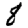
Digit: 8